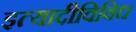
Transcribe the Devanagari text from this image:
इत्यादीविविध